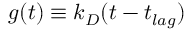
g ( t ) \equiv k _ { D } ( t - t _ { l a g } )